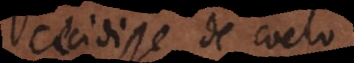
cecidisse de coelo,